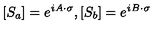
[ S _ { a } ] = e ^ { \mathrm { \it i { \mathversion { b o l d } A \cdot \sigma } } } , [ S _ { b } ] = e ^ { \mathrm { \it i { \mathversion { b o l d } B \cdot \sigma } } }